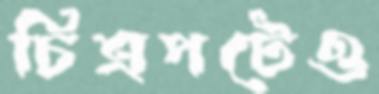
চিত্রপটেও